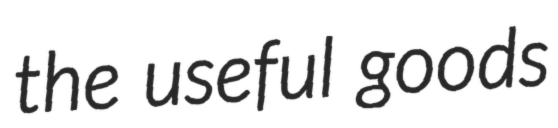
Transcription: the useful goods